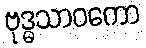
ဗုဒ္ဓသာဝကော